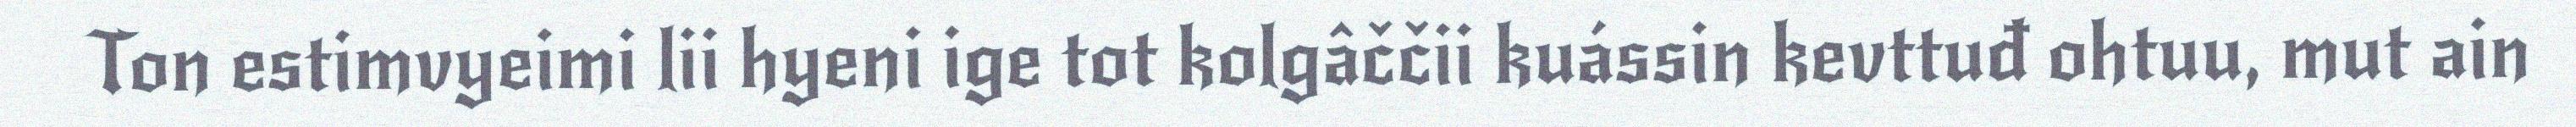
Ton estimvyeimi lii hyeni ige tot kolgâččii kuássin kevttuđ ohtuu, mut ain